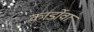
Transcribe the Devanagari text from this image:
कार्डोवा